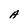
Character: A